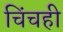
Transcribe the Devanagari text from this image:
चिंचही